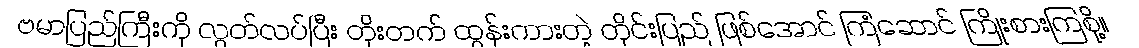
ဗမာပြည်ကြီးကို လွတ်လပ်ပြီး တိုးတက် ထွန်းကားတဲ့ တိုင်းပြည် ဖြစ်အောင် ကြံဆောင် ကြိုးစားကြစို့။